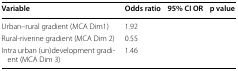
<table><thead><tr><td><b>Variable</b></td><td><b>Odds ratio</b></td><td><b>95% CI OR</b></td><td><b>p value</b></td></tr></thead><tbody><tr><td>Urban–rural gradient (MCA Dim1)</td><td>1.92</td><td>[EMPTY_CELL]</td><td>[EMPTY_CELL]</td></tr><tr><td>Rural-riverine gradient (MCA Dim 2)</td><td>0.55</td><td>[EMPTY_CELL]</td><td>[EMPTY_CELL]</td></tr><tr><td>Intra urban (un)development gradient (MCA Dim 3)</td><td>1.46</td><td>[EMPTY_CELL]</td><td>[EMPTY_CELL]</td></tr></tbody></table>